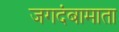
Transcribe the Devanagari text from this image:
जगदंबामाता